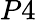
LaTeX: P4